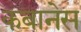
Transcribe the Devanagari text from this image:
कबानेस